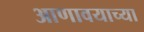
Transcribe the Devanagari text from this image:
आणावयाच्या